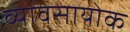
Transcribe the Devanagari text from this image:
व्यावसायोक